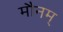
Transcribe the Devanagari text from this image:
मौनम्